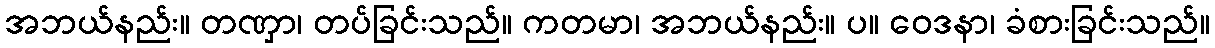
အဘယ်နည်း။ တဏှာ၊ တပ်ခြင်းသည်။ ကတမာ၊ အဘယ်နည်း။ ပ။ ဝေဒနာ၊ ခံစားခြင်းသည်။